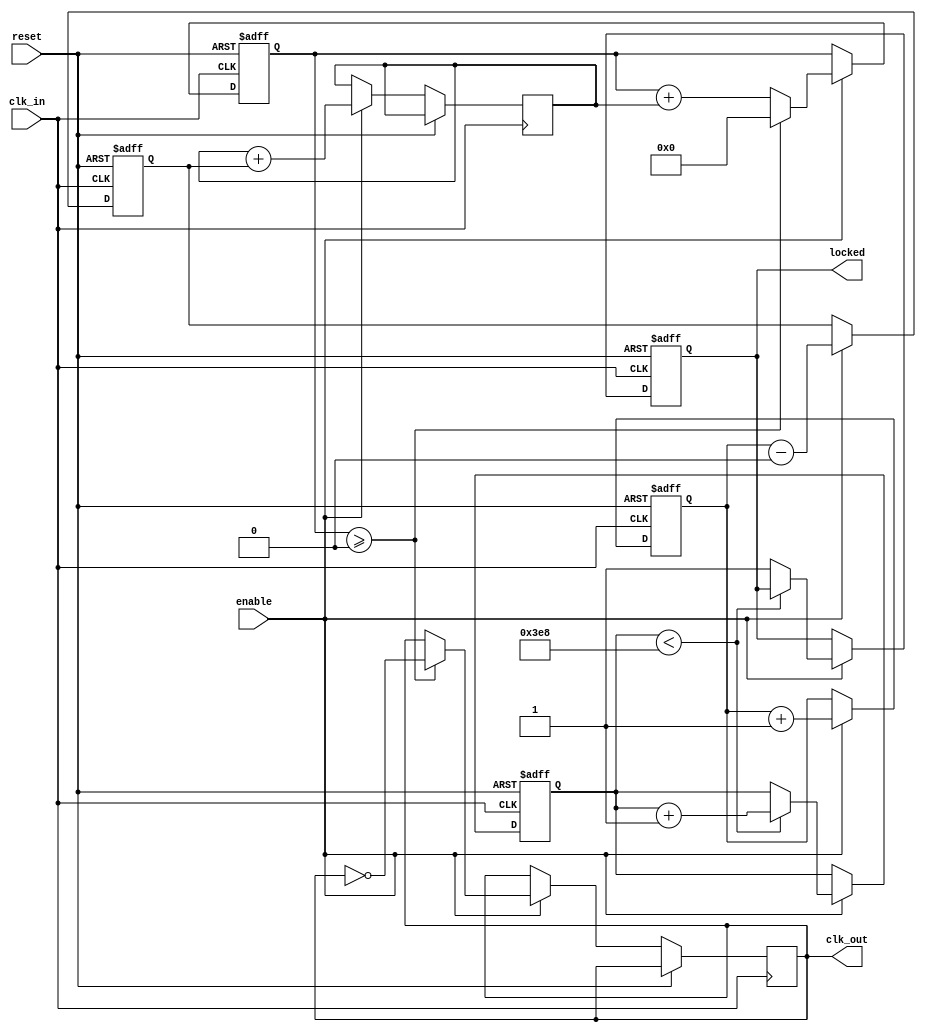
module parameterized_PLL #(
    parameter INPUT_FREQ = 50_000_000,  // Input clock frequency in Hz
    parameter OUTPUT_FREQ = 100_000_000, // Desired output clock frequency in Hz
    parameter PHASE_OFFSET = 0,           // Phase offset in degrees
    parameter LOCK_TIME = 1000,           // Time in clock cycles to lock
    parameter NUM_STAGES = 4               // Number of stages in feedback loop
)(
    input wire clk_in,                     // Input clock signal
    input wire reset,                      // Asynchronous reset
    input wire enable,                     // Enable signal
    output reg clk_out,                   // Output clock signal
    output reg locked                      // Locked status signal
);

    // Internal signals
    reg [31:0] phase_accumulator;
    reg [31:0] frequency_divider;
    reg [31:0] phase_error;
    reg [31:0] control_voltage;
    reg [31:0] vco_output;
    reg [31:0] lock_counter;

    // VCO simulation
    always @(posedge clk_in or posedge reset) begin
        if (reset) begin
            vco_output <= 0;
        end else if (enable) begin
            // Simple VCO model: increment based on control voltage
            vco_output <= vco_output + control_voltage;
            // Generate output clock based on VCO output
            if (vco_output >= (INPUT_FREQ / OUTPUT_FREQ)) begin
                clk_out <= ~clk_out;  // Toggle output clock
                vco_output <= 0;      // Reset VCO output
            end
        end
    end

    // Phase Detector
    always @(posedge clk_in or posedge reset) begin
        if (reset) begin
            phase_accumulator <= 0;
            phase_error <= 0;
            lock_counter <= 0;
            locked <= 0;
        end else if (enable) begin
            // Phase detection logic (simplified)
            phase_accumulator <= phase_accumulator + 1; // Simulate phase accumulation
            phase_error <= phase_accumulator - (PHASE_OFFSET * (INPUT_FREQ / OUTPUT_FREQ));
            
            // Simple loop filter (integrator)
            control_voltage <= control_voltage + phase_error;

            // Lock detection logic
            if (lock_counter < LOCK_TIME) begin
                lock_counter <= lock_counter + 1;
            end else begin
                locked <= 1; // PLL is locked after the specified lock time
            end
        end
    end

    // Frequency Divider
    always @(posedge clk_out or posedge reset) begin
        if (reset) begin
            frequency_divider <= 0;
        end else if (enable) begin
            frequency_divider <= frequency_divider + 1;
            // Reset frequency divider logic here if needed
        end
    end

endmodule